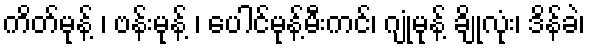
ကိတ်မုန့် ၊ ဗန်းမုန့် ၊ ပေါင်မုန့်မီးကင်၊ ဂျုံမုန့် ချိုလုံး၊ ဒိန်ခဲ၊